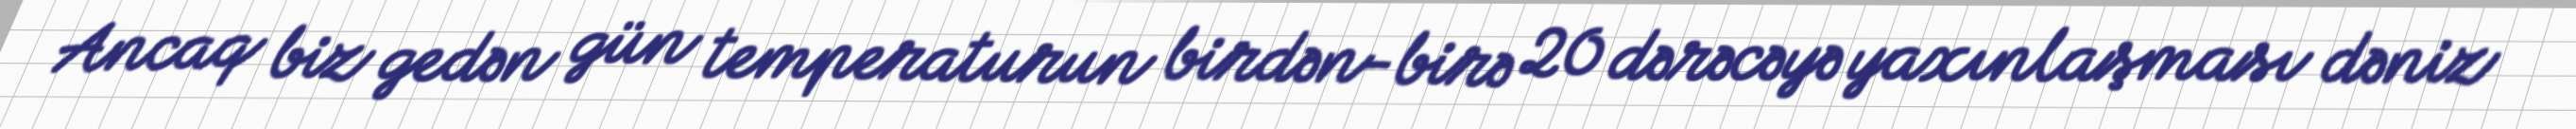
Ancaq biz gedən gün temperaturun birdən-birə 20 dərəcəyə yaxınlaşması dəniz